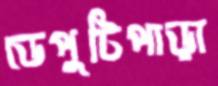
ডেপুটিপাড়া